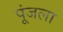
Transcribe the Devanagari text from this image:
पूंजला